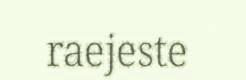
raejeste